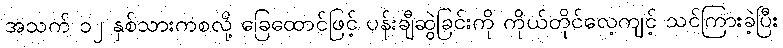
အသက် ၁၂ နှစ်သားကစလို့ ခြေထောင်ဖြင့် ပန်းချီဆွဲခြင်းကို ကိုယ်တိုင်လေ့ကျင့် သင်ကြားခဲ့ပြီး